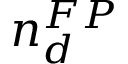
n _ { d } ^ { F P }